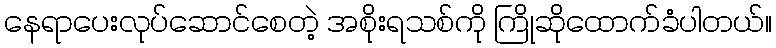
နေရာပေးလုပ်ဆောင်စေတဲ့ အစိုးရသစ်ကို ကြိုဆိုထောက်ခံပါတယ်။